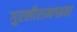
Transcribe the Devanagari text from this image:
गुरलीरामगढवा